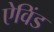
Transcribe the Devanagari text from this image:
ऐविंड